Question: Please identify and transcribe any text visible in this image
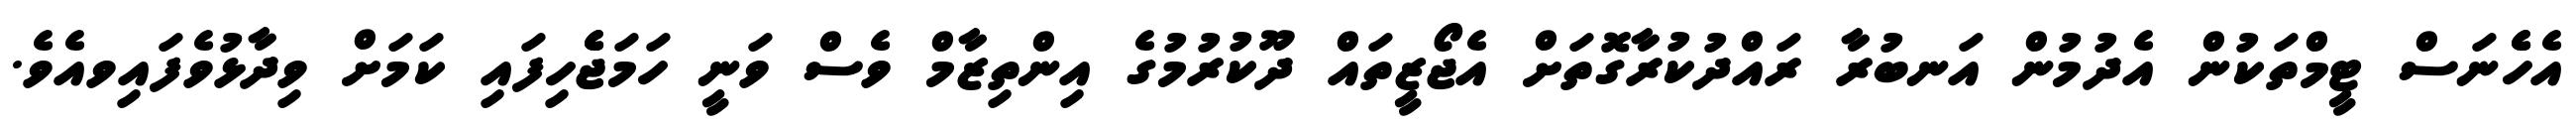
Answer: އެހެެނަސް ޓީމްތަކުން އެދުމުން އަނބުރާ ރައްދުކުރާގޮތަށް އެޖޯޒީތައް ދޫކުރުމުގެ އިންތިޒާމް ވެސް ވަނީ ހަމަޖެެހިފައި ކަމަށް ވިދާޅުވެފައިވއެވެ.